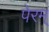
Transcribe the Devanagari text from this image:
पेरम्